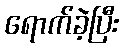
ရောက်ခဲ့ပြီး